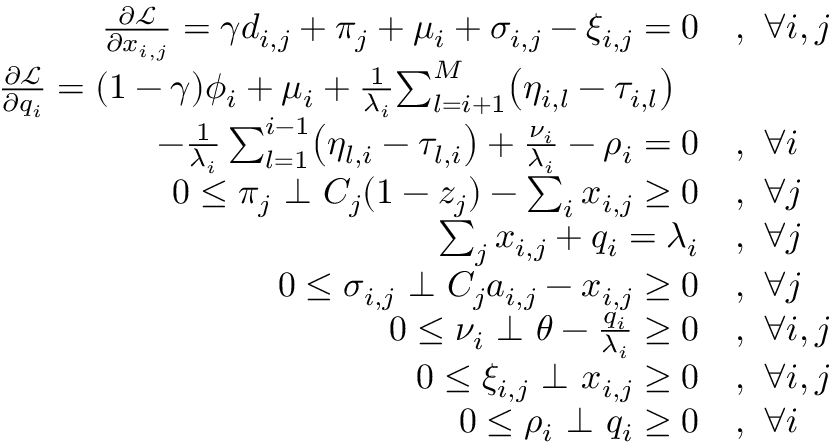
\begin{array} { r l } { \frac { \partial \mathcal { L } } { \partial x _ { i , j } } = \gamma d _ { i , j } + \pi _ { j } + \mu _ { i } + \sigma _ { i , j } - \xi _ { i , j } = 0 } & { , ~ \forall i , j } \\ { \frac { \partial \mathcal { L } } { \partial q _ { i } } = ( 1 - \gamma ) \phi _ { i } + \mu _ { i } + \frac { 1 } { \lambda _ { i } } \! \sum _ { l = i + 1 } ^ { M } \! \left( \eta _ { i , l } - \tau _ { i , l } \right) ~ ~ } & { } \\ { - \frac { 1 } { \lambda _ { i } } \sum _ { l = 1 } ^ { i - 1 } \! \left( \eta _ { l , i } - \tau _ { l , i } \right) + \frac { \nu _ { i } } { \lambda _ { i } } - \rho _ { i } = 0 } & { , ~ \forall i } \\ { 0 \leq \pi _ { j } ~ \bot ~ C _ { j } ( 1 - z _ { j } ) - \sum _ { i } x _ { i , j } \geq 0 } & { , ~ \forall j } \\ { \sum _ { j } x _ { i , j } + q _ { i } = \lambda _ { i } } & { , ~ \forall j } \\ { 0 \leq \sigma _ { i , j } ~ \bot ~ C _ { j } a _ { i , j } - x _ { i , j } \geq 0 } & { , ~ \forall j } \\ { 0 \leq \nu _ { i } ~ \bot ~ \theta - \frac { q _ { i } } { \lambda _ { i } } \geq 0 } & { , ~ \forall i , j } \\ { 0 \leq \xi _ { i , j } ~ \bot ~ x _ { i , j } \geq 0 } & { , ~ \forall i , j } \\ { 0 \leq \rho _ { i } ~ \bot ~ q _ { i } \geq 0 } & { , ~ \forall i } \end{array}